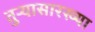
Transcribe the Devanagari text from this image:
तुर्‍यासारख्या